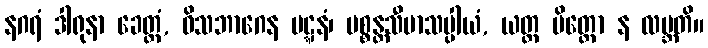
နဂရံ ဒါရုနာ ခေတ္တံ, ဝိသဘာဂေန ပဋ္ဋနံ၊ ပစ္စန္တသီမာသပ္ပါယံ, ယတ္ထ မိတ္တော န လဗ္ဘတိ။